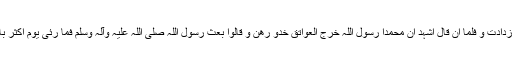
فلما ان قال اللہ اکبر اللہ اکبر ارتجت المدینۃ فلما ان قال اشھد ان لا الہ الا اللہ ازدادت و فلما ان قال اشہد ان محمدا رسول اللہ خرج العواتق خدو رھن و قالوا بعث رسول اللہ صلی اللہ علیہ وآلہ وسلم فما رئی یوم اکثر باکیاً ولا باکیۃً بالمدینۃ بعد رسول اللہ صلی اللہ علیہ وآلہ وسلم من ذالک الیوم۔